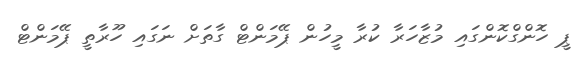
ޕީ ހޮންގްކޮންގައި މުޒާހަރާ ކުރާ މީހުން ޕޭމަންޓް ގާތަށް ނަގައި ހޫރާތީ ޕޭމަންޓް